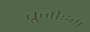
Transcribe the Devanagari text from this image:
ब्रुजोइस